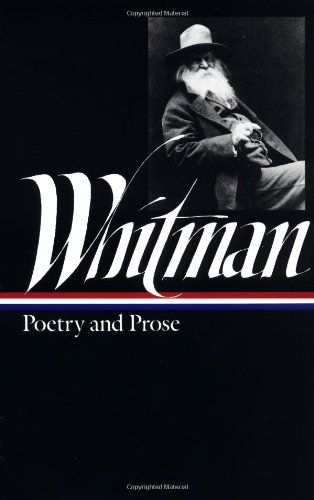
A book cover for Walt Whitman: Poetry and Prose (Library of America); Walt  Whitman; Literature & Fiction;